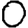
Digit: 0